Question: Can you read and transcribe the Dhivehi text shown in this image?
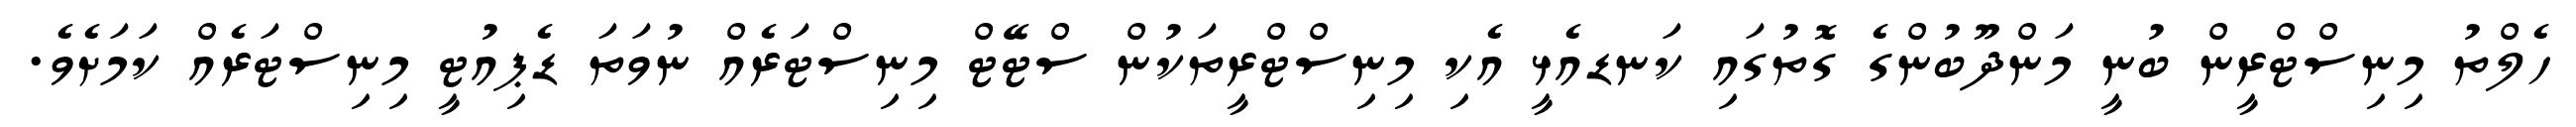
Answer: ހެލްތު މިނިސްޓްރީން ބުނީ މަންދޫބުންގެ ގޮތުގައި ކަނޑއެޅީ އެކި މިނިސްޓްރީތަކުން ސްޓޭޓް މިނިސްޓަރެއް ނުވަތަ ޑެޕިއުޓީ މިނިސްޓަރެއް ކަމަށެވެ.